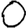
Digit: 0